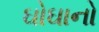
ઘોઘાનો